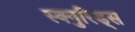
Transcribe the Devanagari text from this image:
स्क्युरिड्स